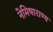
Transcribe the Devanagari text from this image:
नेमिषाराण्य